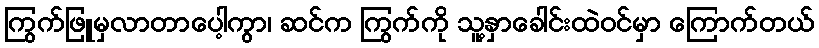
ကြွက်ဖြူမှလာတာပေါ့ကွာ၊ ဆင်က ကြွက်ကို သူ့နှာခေါင်းထဲဝင်မှာ ကြောက်တယ်